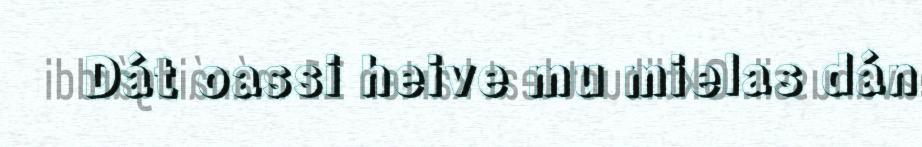
Dát oassi heive mu mielas dán